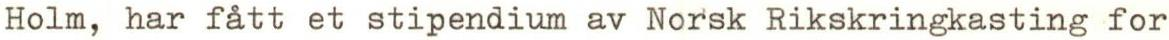
Holm, har fått et stipendium av Norsk Rikskringkasting for